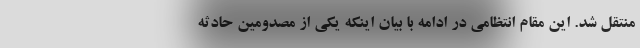
منتقل شد. این مقام انتظامی در ادامه با بیان اینکه یکی از مصدومین حادثه